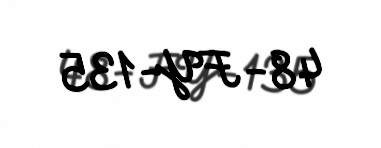
48-FY-135